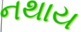
નથાય